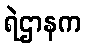
ရဲဌာနက